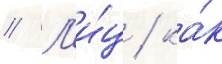
// Л'и́ц / ка́к